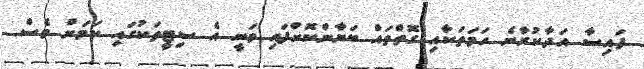
ފައިސާ އަދާކުރާނެ ހަމަތަކާއި ގޮތްތައް ބަޔާންކޮށްފައި ވަނީ އެ ސިޓީތަކުގައި ކަމަށް ވެސް